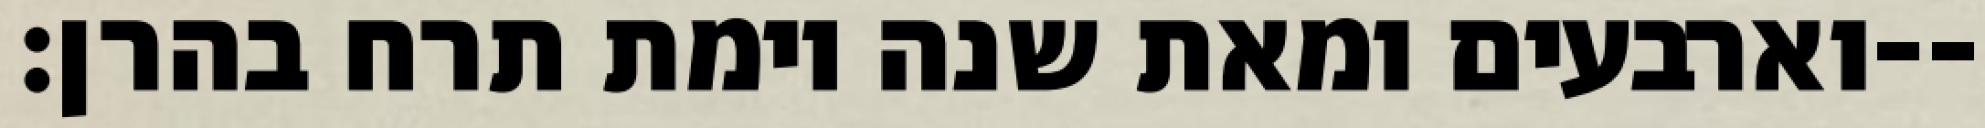
וארבעים ומאת שנה וימת תרח בהרן׃--